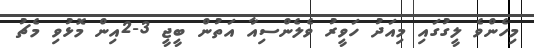
މިހެންވެ ލީގުގައި މިއަދު ހަވީރު ވެލެންސިއާ އަތުން ބީޖީ 3-2އިން މޮޅުވި މެޗު